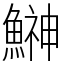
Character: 鰰